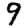
Digit: 9